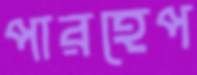
পারহেপ